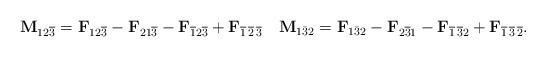
LaTeX: \begin{align*}\mathbf{M}_{12\overline{3}}=\mathbf{F}_{12\overline{3}}-\mathbf{F}_{21\overline{3}}-\mathbf{F}_{\overline{1}2\overline{3}}+\mathbf{F}_{\overline{1}\,\overline{2}\,\overline{3}}\quad\mathbf{M}_{1\bar{3}2}=\mathbf{F}_{1\bar{3}2}-\mathbf{F}_{2\overline{3}1}-\mathbf{F}_{\overline{1}\,\overline{3}2}+\mathbf{F}_{\overline{1}\,\overline{3}\,\overline{2}}.\end{align*}